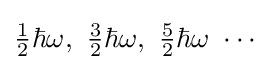
{\tfrac {1}{2}}\hbar \omega ,\ {\tfrac {3}{2}}\hbar \omega ,\ {\tfrac {5}{2}}\hbar \omega \ \cdots